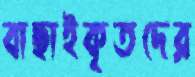
বাছাইকৃতদের